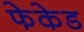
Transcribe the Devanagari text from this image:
फेकेड